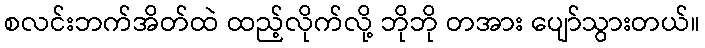
စလင်းဘက်အိတ်ထဲ ထည့်လိုက်လို့ ဘိုဘို တအား ပျော်သွားတယ်။